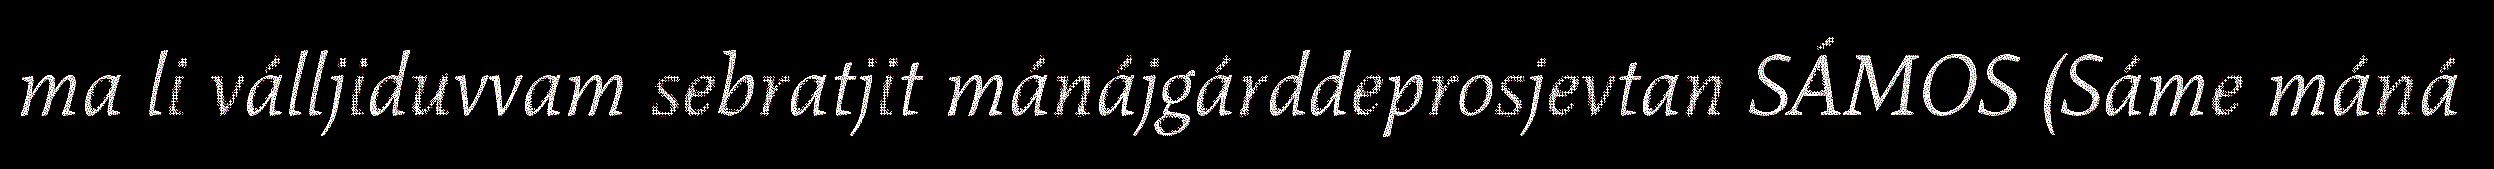
ma li válljiduvvam sebratjit mánájgárddeprosjevtan SÁMOS (Sáme máná